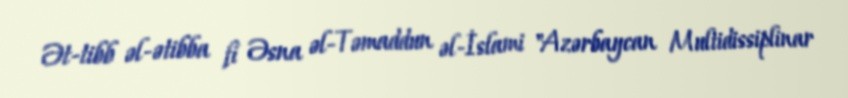
Ət-tibb əl-ətibba fi Əsna əl-Təmaddun əl-İslami "Azərbaycan Multidissiplinar